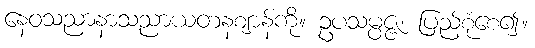
နေဝသညာနာသညာယတနဈာန်ကို။ ဥပသမ္ပဇ္ဇ၊ ပြည့်စုံစေ၍။